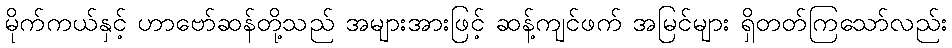
မိုက်ကယ်နှင့် ဟာဗော်ဆန်တို့သည် အများအားဖြင့် ဆန့်ကျင်ဖက် အမြင်များ ရှိတတ်ကြသော်လည်း